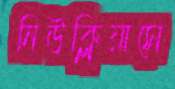
নিউক্লিয়াসে